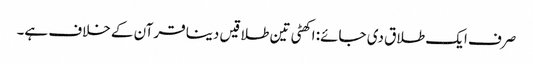
صرف ایک طلاق دی جائے: اکھٹی تین طلاقیں دینا قرآن کے خلاف ہے۔